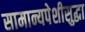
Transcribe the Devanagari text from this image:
सामान्यपेशीसुद्धा